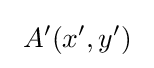
\ A'(x',y')\